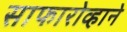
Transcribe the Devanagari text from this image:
साफारोव्हाने